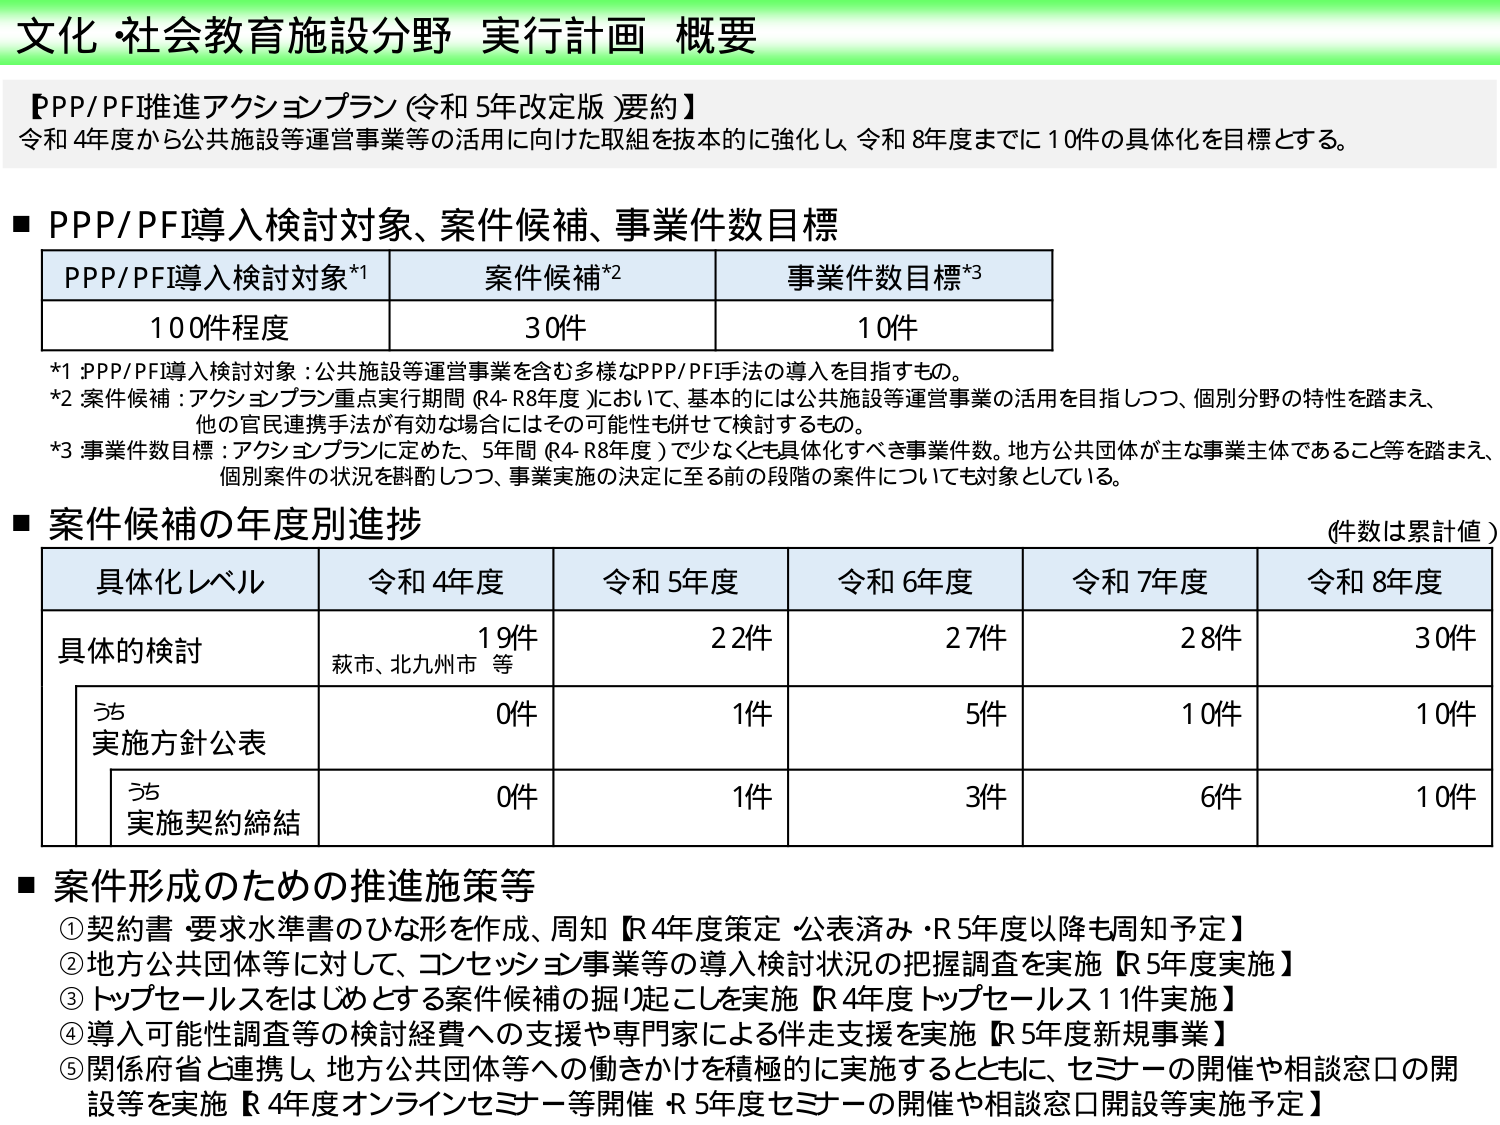
文化・社会教育施設分野 実行計画 概要

【PP/PF推進アクションプラン（令和5年改定版）要約】
令和4年度から公共施設等運営事業等の活用に向けた取組を抜本的に強化し、令和8年度までに10件の具体化を目標とする。

■ PPP/PFI導入検討対象、案件候補、事業件数目標

| PPP/PFI導入検討対象*1 | 案件候補*2 | 事業件数目標*3 |
|------------------------|------------|----------------|
| 100件程度              | 30件       | 10件           |

*1 PPP/PFI導入検討対象：公共施設等運営事業を含む多様なPPP/PFI手法の導入を目指すもの。
*2 案件候補：アクションプラン重点実行期間（R4-R8年度）において、基本的には公共施設等運営事業の活用を目指しつつ、個別分野の特性を踏まえ、他の官民連携手法が有効な場合にはその可能性も併せて検討するもの。
*3 事業件数目標：アクションプランに定めた、5年間（R4-R8年度）で少なくとも具体化すべき事業件数。地方公共団体が主な事業主体であること等を踏まえ、個別案件の状況を斟酌しつつ、事業実施の決定に至る前の段階の案件についても対象としている。

■ 案件候補の年度別進捗
（件数は累計値）

| 具体化レベル       | 令和4年度 | 令和5年度 | 令和6年度 | 令和7年度 | 令和8年度 |
|--------------------|-----------|-----------|-----------|-----------|-----------|
| 具体的検討         | 19件      | 22件      | 27件      | 28件      | 30件      |
| うち<br>実施方針公表 | 0件       | 1件       | 5件       | 10件      | 10件      |
| うち<br>実施契約締結 | 0件       | 1件       | 3件       | 6件       | 10件      |

■ 案件形成のための推進施策等
① 契約書・要求水準書のひな形を作成、周知【R4年度策定・公表済み・R5年度以降も周知予定】
② 地方公共団体等に対して、コンセッション事業等の導入検討状況の把握調査を実施【R5年度実施】
③ トップセールスをはじめとする案件候補の掘り起こしを実施【R4年度トップセールス11件実施】
④ 導入可能性調査等の検討経費への支援や専門家による伴走支援を実施【R5年度新規事業】
⑤ 関係府省と連携し、地方公共団体等への働きかけを積極的に実施するとともに、セミナーの開催や相談窓口の開設等を実施【R4年度オンラインセミナー等開催 R5年度セミナーの開催や相談窓口開設等実施予定】